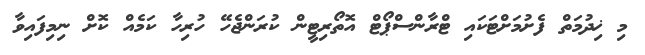
މި ޚިދުމަތް ފެށުމަށްޓަކައި ޓްރާންސްޕޯޓް އޮތޯރިޓީން ކުރަންޖެހޭ ހުރިހާ ކަމެއް ކޮށް ނިމިފައިވާ